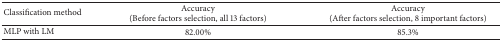
| Classification method | Accuracy(Before factors selection, all 13 factors) | Accuracy(After factors selection, 8 important factors) |
 | --- | --- | --- |
 | MLP with LM | 82.00% | 85.3% |